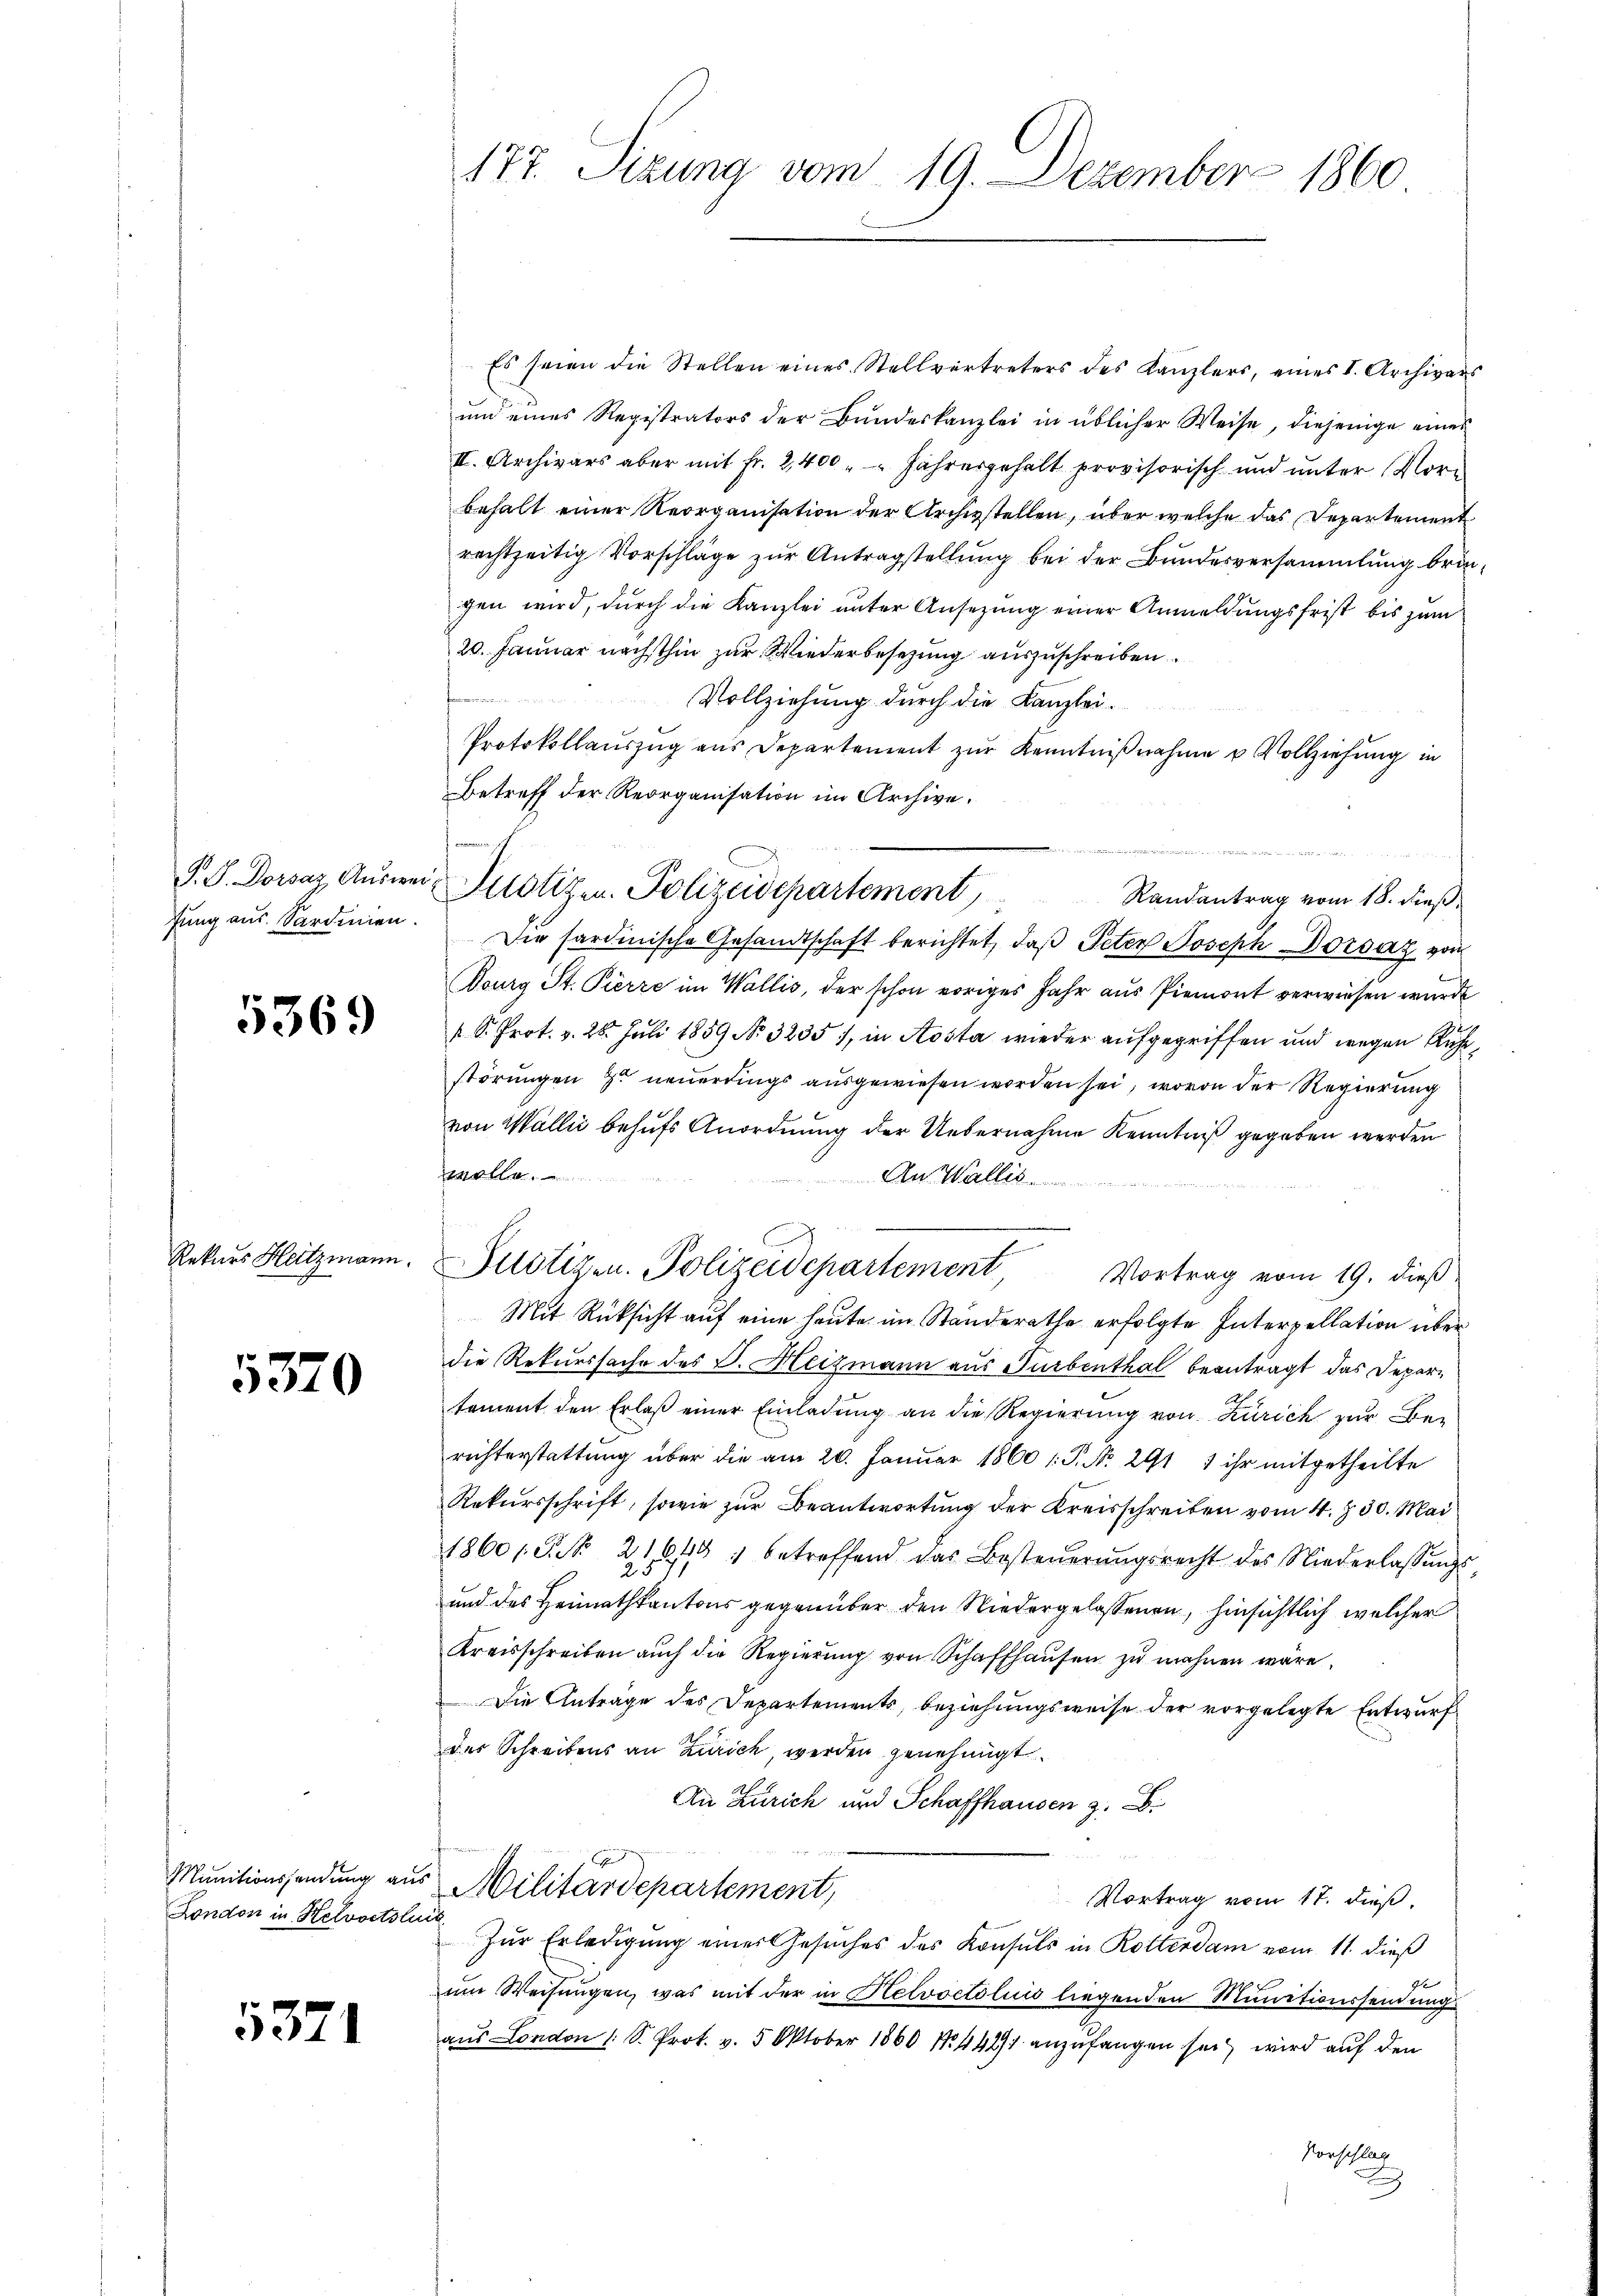
fung aus. Sardinien.

5369

5370

Munitionssendung aus
London in Helvoctslin

5371

177. Sizung vom 19. Dezember 1860

Es seien die Stellen eines Stellvertreters des Kanzlers, eines I. Archivars
und eines Registrators der Bundeskanzlei in üblicher Weise, diejenige eines
II. Archivars aber mit Fr. 2400 " " Jahresgehalt provisorisch und unter Vorbehalt einer Reorganisation der Archivstellen, über welche das Departement
rechtzeitig Vorschläge zur Antragstellung bei der Bundesversammlung bringen wird, durch die Kanzlei unter Ansezung einer Anmeldungsfrist bis zum
20. Januar nächsthin zur Wiederbesezung auszuschreiben
.
Vollziehung durch die Kanzlei-
Protokollauszug aus Departement zur Kenntnißnahme u Vollziehung in
Betreff der Reorganisation im Archive.

Randantrag vom 18. dieß
Die sardinische Gesandtschaft berichtet, daß Peter Joseph Dorsatz von
Dourg St. Pierre im Wallis, der schon voriges Jahr aus Piemont verwiesen wurde
s. S. Prot. v. 26. Juli 1859 No 3235, in Aosta wieder aufgegriffen und wegen Ruhe,
störungen zu neuerdings ausgewiesen worden sei, wovon der Regierung
von Wallis behufs Anordnung der Uebernahme Kenntniß gegeben werden
wolle.
An Wallis
Rekurs Heitzmann Pilotizen. Polizeidepartement Vortrag vom 19. dieβ
Mit Rüksicht auf eine heute im Standerathe erfolgte Interpellation über
die Rekurssache des B. Heizmann aus Turbenthal beantragt das Departement den Erlaß einer Einladung an die Regierung von Zürich zur Berichterstattung über die am 20. Januar 1860 1: P. Nr. 291 1 ihr mitgetheilte
Rekursschrift, sowie zur Beantwortung der Kreisschreiben vom 4. §. 30. Mai
18601. P. Nr. 21649 1 betreffend das Besteŭerŭngsrecht des Niederlassŭngs-
23
und des Heimathkantons gegenüber den Niedergelassenen, hinsichtlich welcher
Kreisschreiben auch die Regierŭng von Schaffhaŭsen zu wahnen wäre,
Die Anträge des Departements, beziehungsweise der vorgelegte Entwurf
des Schreibens an Zürich, werden genehmigt.
An Zürich und Schaffhausen z.
Militärdepartement,
Vortrag vom 17. dieß,
Zur Erledigung einer Gesuches des Konsuls in Rotterdam vom 11. dieß
e
um Weisungen, was mit der in Helvoctolis liegenden Munitionssendung
aus London 1 S. Prot. v. 5. Oktober 1860 No. 449 anzufangen sei, wird auf den
Vorschlag
t

P.S. Dorsaz Aŭsweis Pilotizen Polizeidepartement,